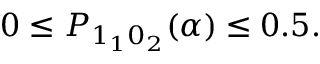
\begin{array} { r } { 0 \le P _ { 1 _ { 1 } 0 _ { 2 } } ( \alpha ) \le 0 . 5 . } \end{array}